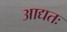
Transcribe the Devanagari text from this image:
आद्यतः